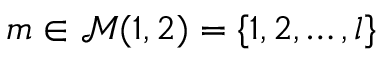
m \in \mathcal { M } ( 1 , 2 ) = \{ 1 , 2 , \ldots , l \}